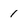
Character: 1